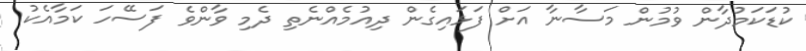
ކުޑަކަމުދާން ވުމުން މަސާނާ އަށް ފަޅައިގެން ދިއުމެއްނެތި ދެމި ވާންވެ ފަސޭހަ ކަމާއެކު